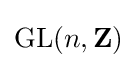
\operatorname {GL} (n,\mathbf {Z} )